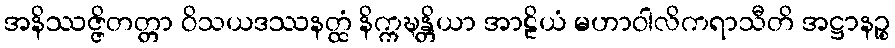
အနိဿဇ္ဇိတတ္တာ ဝိသယဒဿနတ္ထံ နိက္ကဍ္ဎန္တိယာ အာဠိယံ မဟာဝါလိကရာသီတိ အဋ္ဌာနဉ္စ